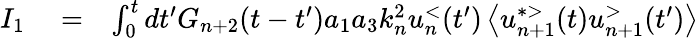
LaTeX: \begin{array}{rlr}{I_{1}}&{{}=}&{\int_{0}^{t}dt^{\prime}G_{n+2}(t-t^{\prime})a_{1}a_{3}k_{n}^{2}u_{n}^{<}(t^{\prime})\left\langle u_{n+1}^{*>}(t)u_{n+1}^{>}(t^{\prime})\right\rangle}\end{array}